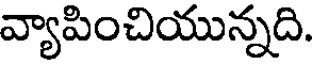
వ్యాపించియున్నది.